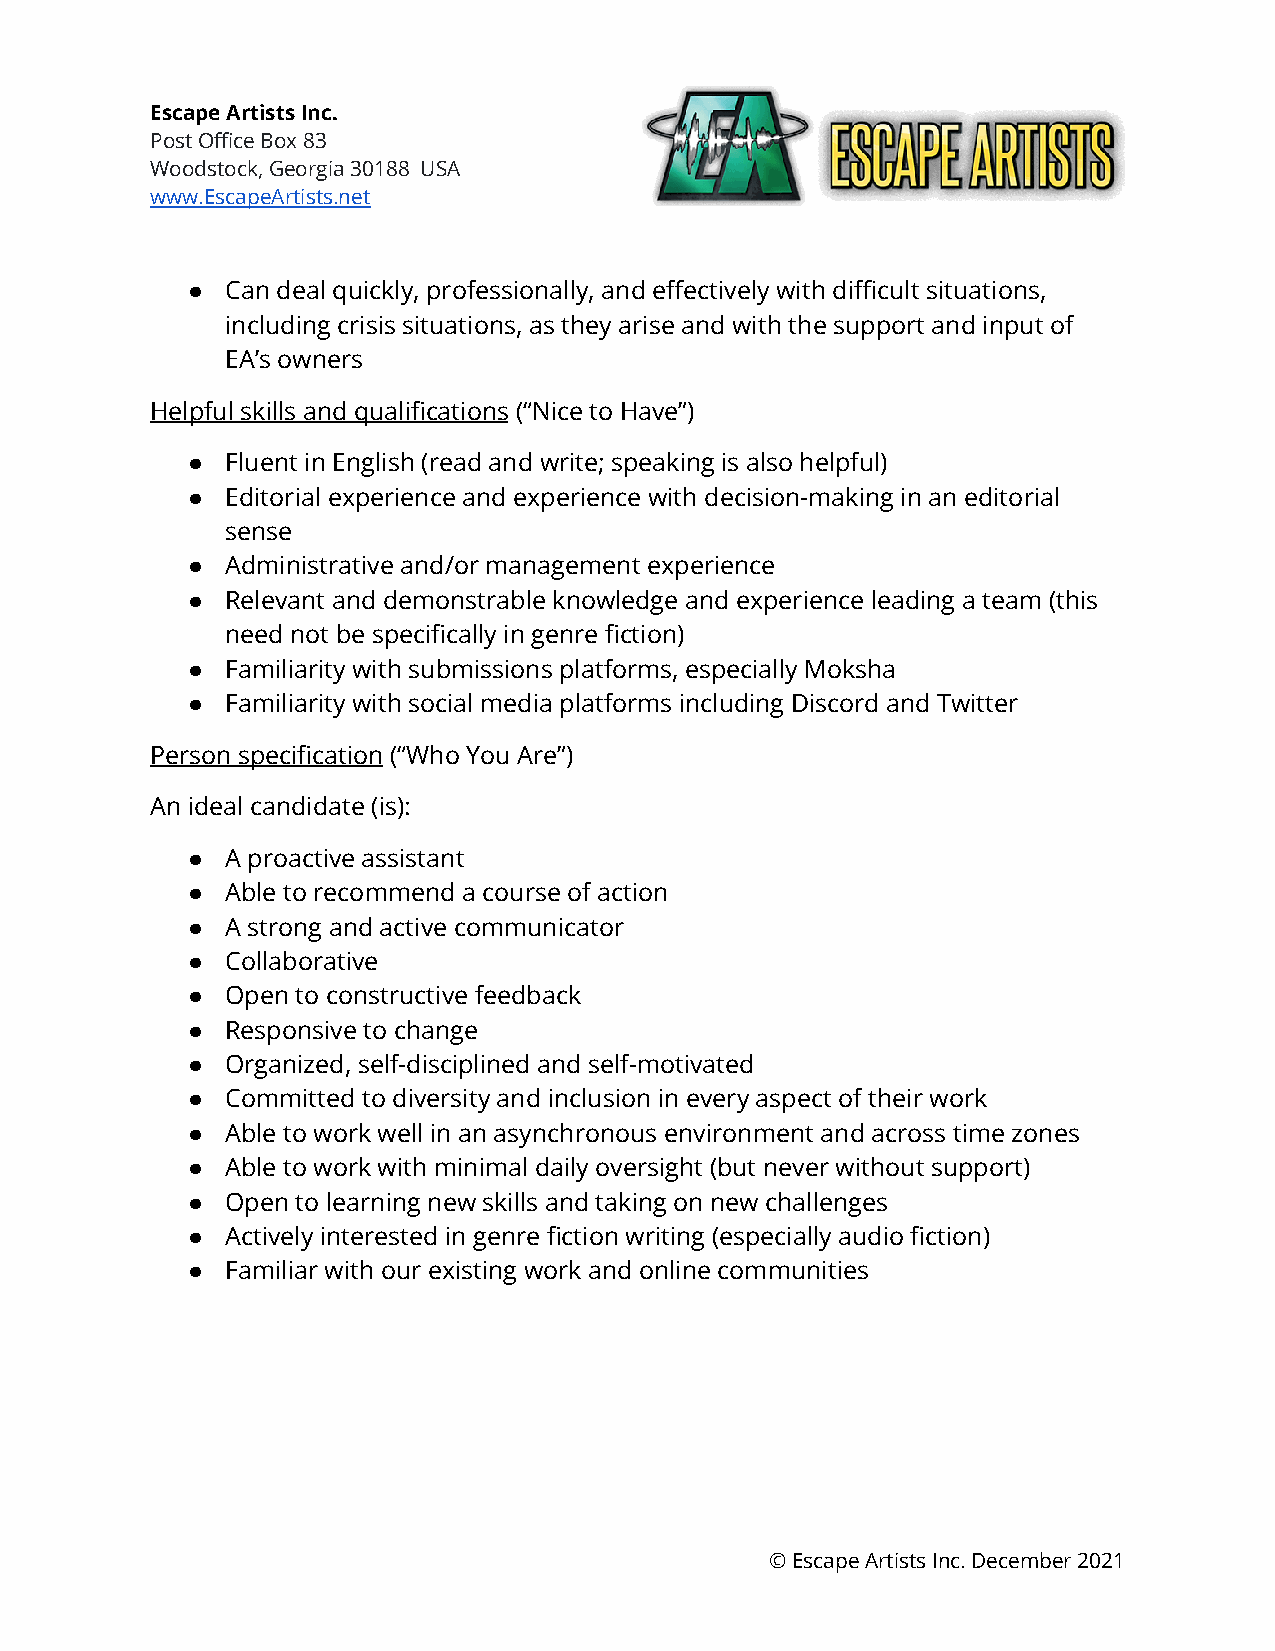
Escape Artists Inc.
 Post Office Box 83
 Woodstock, Georgia 30188 USA
 www.EscapeArtists.net
 ●  Can deal quickly, professionally, and effectively with difficult situations,
 including crisis situations, as they arise and with the support and input of
 EA’s owners
 Helpful skills and qualifications (“Nice to Have”)
 ●  Fluent in English (read and write; speaking is also helpful)
 ●  Editorial experience and experience with decision-making in an editorial
 sense
 ●  Administrative and/or management experience
 ●  Relevant and demonstrable knowledge and experience leading a team (this
 need not be specifically in genre fiction)
 ●  Familiarity with submissions platforms, especially Moksha
 ●  Familiarity with social media platforms including Discord and Twitter
 Person specification (“Who You Are”)
 An ideal candidate (is):
 ●  A proactive assistant
 ●  Able to recommend a course of action
 ●  A strong and active communicator
 ●  Collaborative
 ●  Open to constructive feedback
 ●  Responsive to change
 ●  Organized, self-disciplined and self-motivated
 ●  Committed to diversity and inclusion in every aspect of their work
 ●  Able to work well in an asynchronous environment and across time zones
 ●  Able to work with minimal daily oversight (but never without support)
 ●  Open to learning new skills and taking on new challenges
 ●  Actively interested in genre fiction writing (especially audio fiction)
 ●  Familiar with our existing work and online communities
 © Escape Artists Inc. December 2021